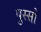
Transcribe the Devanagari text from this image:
पुस्सो